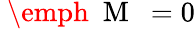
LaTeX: \mathrm{~\emph~{~M~}~}=0